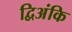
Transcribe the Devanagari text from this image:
द्विअंकि